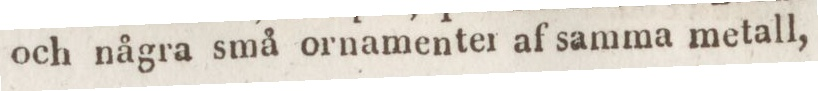
och några små ornamenter af samma metall,